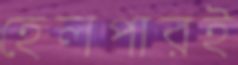
হেলপারই